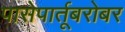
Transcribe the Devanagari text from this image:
पासेपार्तूबरोबर